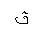
Letter: _qaf